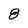
Character: 8